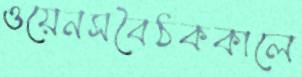
ওয়েনসবৈঠককালে